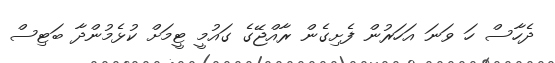
ދެހާސް ހަ ވަނަ އަހަރުން ފެށިގެން ރާއްޖޭގެ ގައުމީ ޓީމަށް ކުޅެމުންދާ ބަޓިސް